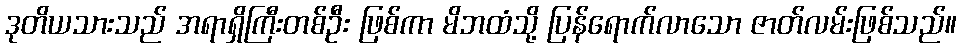
ဒုတိယသားသည် အရာရှိကြီးတစ်ဦး ဖြစ်ကာ မိဘထံသို့ ပြန်ရောက်လာသော ဇာတ်လမ်းဖြစ်သည်။